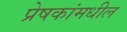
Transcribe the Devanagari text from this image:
प्रेषकांमधील